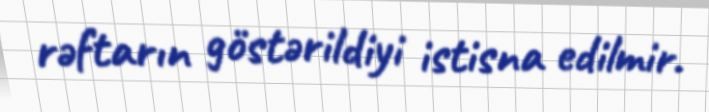
rəftarın göstərildiyi istisna edilmir.